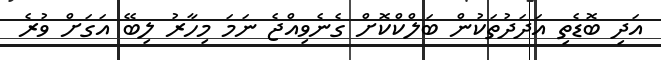
އަދި ބޮޑެތި އަދަދުތަކުން ބަލްކްކޮށް ގެނެވިއްޖެ ނަމަ މިހާރު ލިބޭ އަގަށް ވުރެ